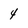
Character: 4